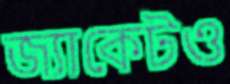
জ্যাকেটও